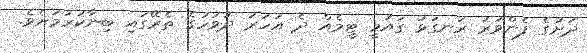
ދަށުގެ ފެންވަރު ރަނގަޅު ގައުމީ ޓީމެއް ދެ އަހަރު ދުވަހުގެ ތެރޭގައި ބިނާކުރުމަށެވެ.